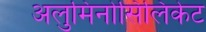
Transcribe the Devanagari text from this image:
अलुमिनोसिलिकेट